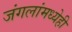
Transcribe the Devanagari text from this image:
जंगलांमध्येही